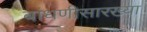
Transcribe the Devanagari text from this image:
बांधणीसारख्या